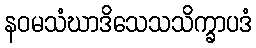
နဝမသံဃာဒိသေသသိက္ခာပဒံ